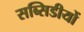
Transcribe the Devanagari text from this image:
सब्सिडीयों